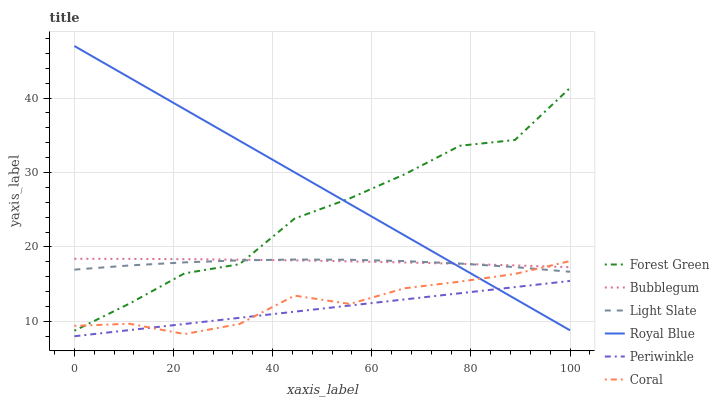
| xaxis_label | Forest Green | Bubblegum | Light Slate | Royal Blue | Periwinkle | Coral |
 | --- | --- | --- | --- | --- | --- | --- |
 | 0 | 8.74 | 18.4 | 17 | 47 | 8 | 9.39 |
 | 11.1 | 12.4 | 18.4 | 17.5 | 42.8 | 8.83 | 9.68 |
 | 22.2 | 16.5 | 18.4 | 17.9 | 38.5 | 9.65 | 8.29 |
 | 33.3 | 17.7 | 18.3 | 18.2 | 34.3 | 10.5 | 9.65 |
 | 44.4 | 23.8 | 18.2 | 18.3 | 30 | 11.3 | 13.5 |
 | 55.6 | 26.5 | 18.1 | 18.3 | 25.8 | 12.1 | 12.3 |
 | 66.7 | 29.8 | 17.9 | 18.1 | 21.5 | 13 | 14.4 |
 | 77.8 | 33.6 | 17.7 | 17.8 | 17.3 | 13.8 | 15.3 |
 | 88.9 | 34.4 | 17.5 | 17.3 | 13 | 14.6 | 16.4 |
 | 100 | 41.4 | 17.3 | 16.7 | 8.8 | 15.4 | 18.1 |